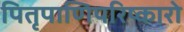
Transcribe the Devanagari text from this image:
पितृपाणिपरिष्कारो